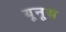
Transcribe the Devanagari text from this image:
यूनूस